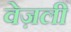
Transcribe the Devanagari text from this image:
वेज़ली